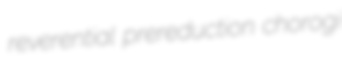
reverential prereduction chorogi